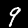
Label: 9